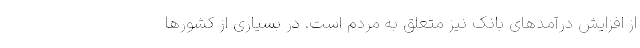
از افزایش درآمدهای بانک نیز متعلق به مردم است. در بسیاری از کشورها